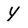
Character: y